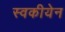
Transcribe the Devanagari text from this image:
स्वकीयेन